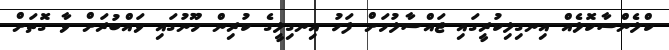
ކްލެންސާކޮޅެއް އިނގިލިކުރީގައި ޖައްސާލުމަށް ފަހު އިނގިލީގެ ކުރިން މޫނުގައި ވައްބުރަށް ވާ ގޮތަށް